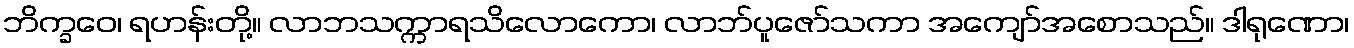
ဘိက္ခဝေ၊ ရဟန်းတို့။ လာဘသက္ကာရသိလောကော၊ လာဘ်ပူဇော်သကာ အကျော်အစောသည်။ ဒါရုဏော၊